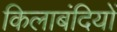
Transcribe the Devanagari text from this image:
किलाबंदियों